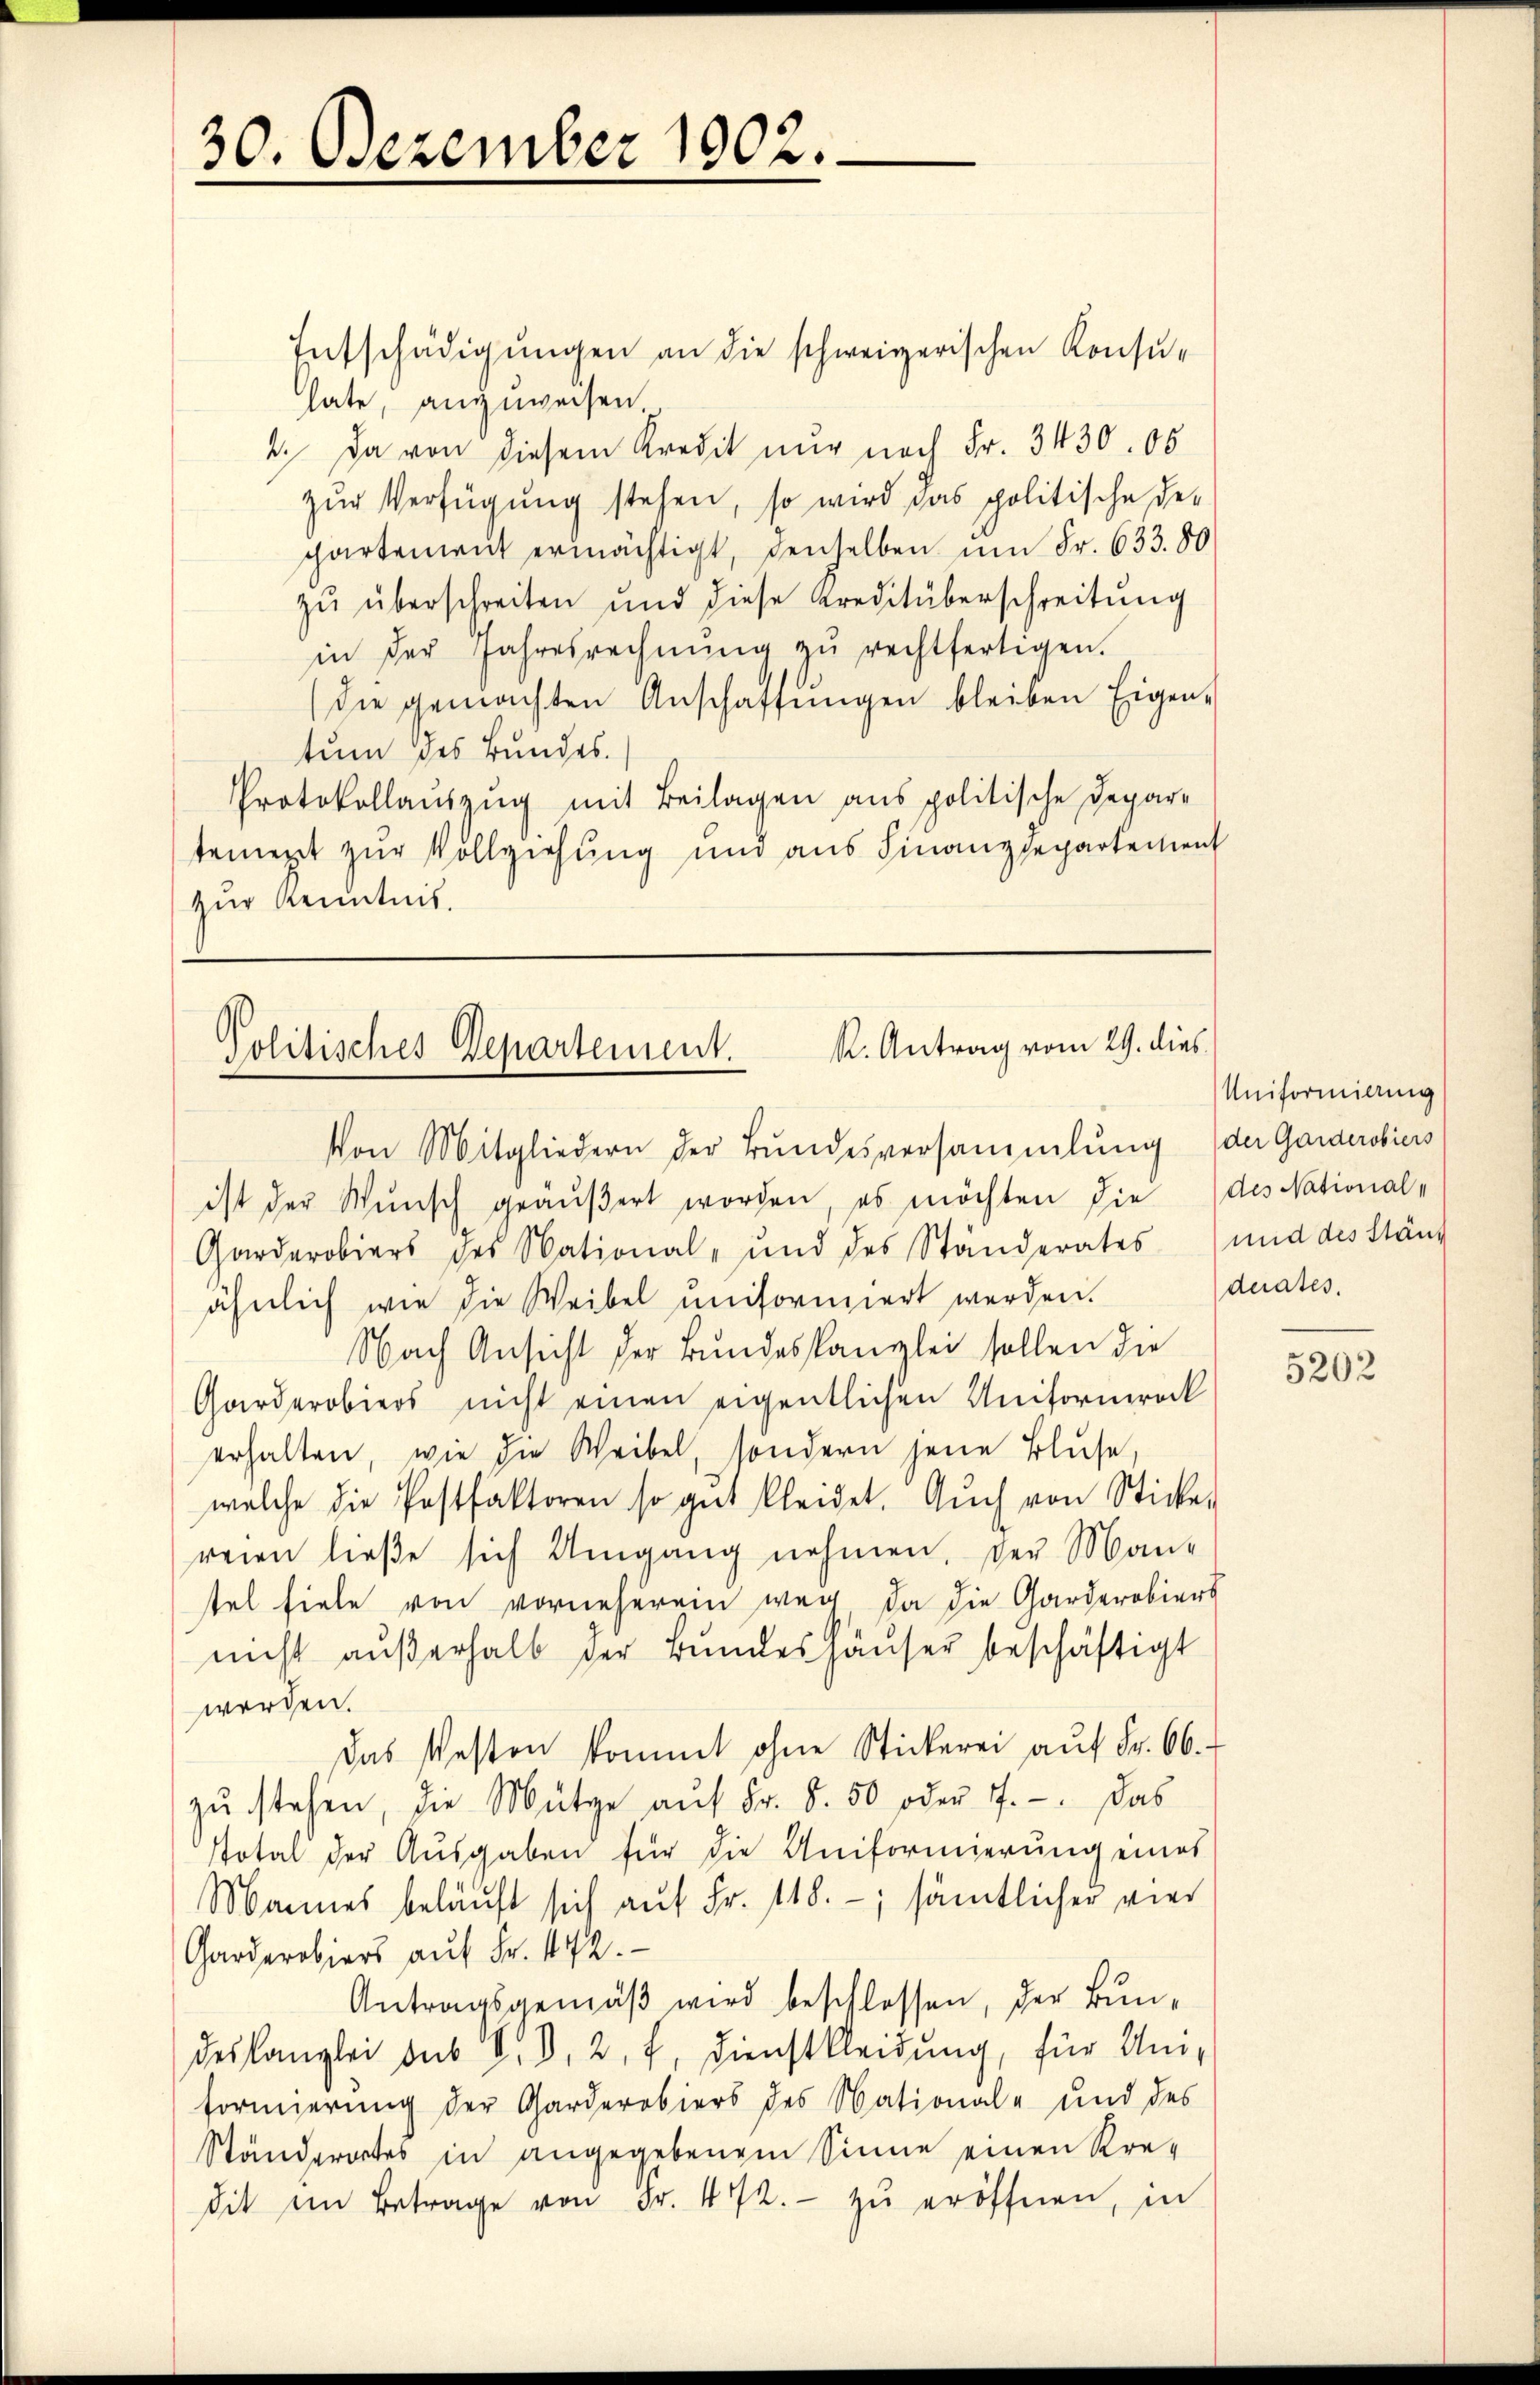
30. Dezember 1002.

Entschädigungen an die schweizerischen Konsulate, anzuweisen.
4. Da von diesem Kredit nur nach Fr. 3430. 06
zŭr Verfügung stehen, so wird das politische De-
partengut ermächtigt, denselben ŭm Fr. 633. 80
zŭ überschreiten und diese Kreditüberschreitŭng
in der Jahresrechnŭng zŭ rechtfertigen.
(die gemachten Anschaffŭngen bleiben Eigen-
tum des Bundes.
Protokollauszug mit Beilagen aus politische Departement zur Vollziehung und aus Finanzdepartement
zur Kenntnis.

R. Antrag vom 29. dies
Politisches Departement.

Von Mitgliedern der Bŭndesversammlung (der Garderobiers
ist der Wŭnsch geäŭβert worden, es möchten die des National-
Garderobiers des National- und des Ständerates und des Ständ
ähnlich wie die Weibel uniformiert werden.
Nach Ansicht der Bundeskanzlei sollen die
Garderobiers nicht einen eigentlichen Uniformrock
erhalten, wie die Weibel, sondern jene Bluse,
welche die Postfaktoren so gut kleidet. Aŭch von Sticke-
reien ließe sich Umgang nehmen, der Man-
tel fiele von vorneherein weg da die Garderobiers
nicht aŭβerhalb der Bŭndeshäuser beschäftigt
werden.
Das Westen kommt ohne Stickerei aŭf Fr. 66.
zŭ stehen, die Mütze aŭf Fr. S. 50 oder 7. Das
stotal der Aŭsgaben für die Uniformierŭng eines
Mannes beläuft sich aŭf Fr. 118. -; sämtlicher vier
Garderobiers auf Fr. 1472.
Antragsgemäβ wird beschlossen, der Bundeskanzlei sub V. D. 2. f. Dienstkleidung, für Umformierŭng der Garderobiers des National- und des
Ständerates in angegebenem Sinne einen Kredit im Betrage von Fr. 472.- zŭ eröffnen, in

Uniformilung
duates.

5202